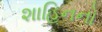
શાહિનનો